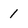
Character: 1